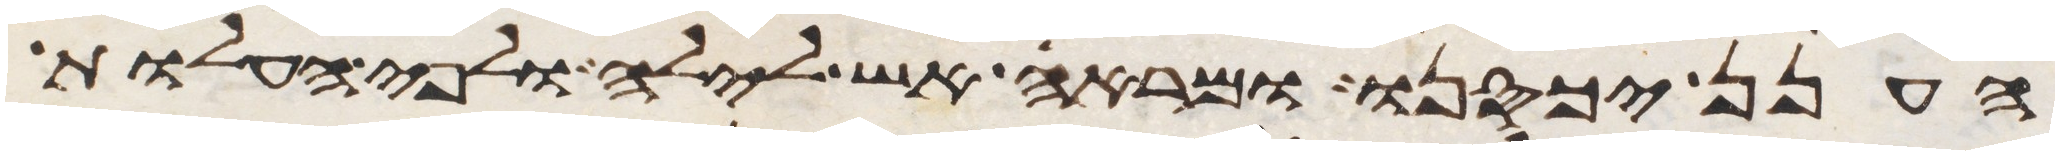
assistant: הענן יכסנו ומראה אש לילה ולפי העלות